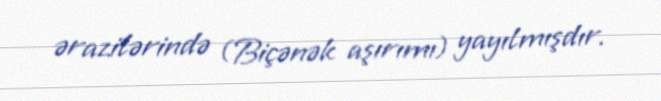
ərazilərində (Biçənək aşırımı) yayılmışdır.